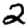
Digit: 2